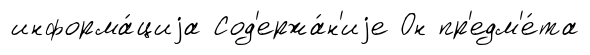
информа́циjа Сод'ержа́н'иjе Он пр'едм'е́та